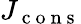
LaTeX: J_{\mathrm{~c~o~n~s~}}